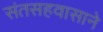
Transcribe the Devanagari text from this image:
संतसहवासाने